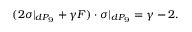
( 2 \sigma | _ { d P _ { 9 } } + \gamma F ) \cdot \sigma | _ { d P _ { 9 } } = \gamma - 2 .